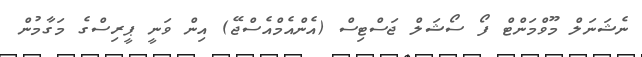
ނެޝަނަލް މޫވްމަންޓް ފޯ ސޯޝަލް ޖަސްޓިސް (އެންއެމްއެސްޖޭ) އިން ވަނީ ޕީރިސްގެ މަގާމުން